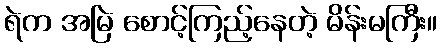
ရဲက အမြဲ စောင့်ကြည့်နေတဲ့ မိန်းမကြီး။